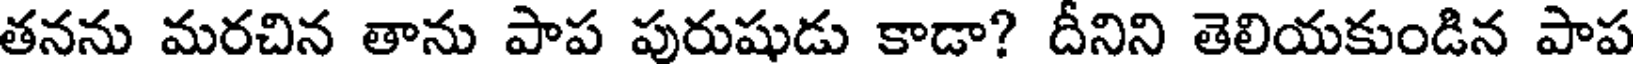
తనను మరచిన తాను పాప పురుషుడు కాడా? దీనిని తెలియకుండిన పాప